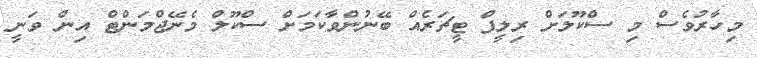
މިހާރުވެސް މި ސްކޫލަށް ރިލީފް ޓީޗަރެއް ބޭނުންވާކަމަށް ސްކޫލް މެނޭޖްމަންޓް އިން ވަނީ